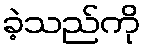
ခဲ့သည်ကို